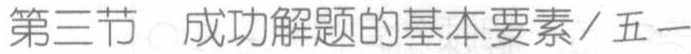
第三节 成功解题的基本要素/五一